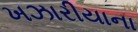
ખઝારીયાના